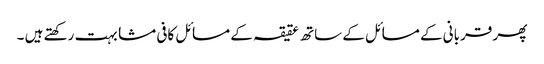
پھر قربانی کے مسائل کے ساتھ عقیقہ کے مسائل کافی مشابہت رکھتے ہیں ۔